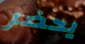
يحضر